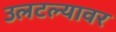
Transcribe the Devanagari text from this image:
उलटल्यावर